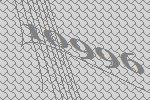
10996